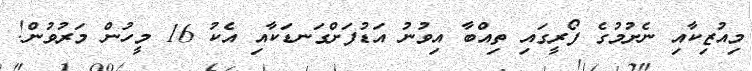
މިއުޒިކާއި ނެށުމުގެ ފޯރީގައި ތިއްބާ އިވުނު އަޑުފަށްގަނޑަކާއި އެކު 16 މީހުން މަރުވުން!